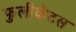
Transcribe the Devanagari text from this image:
फुलीकॅटस